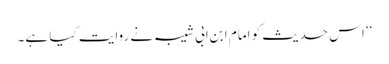
‘‘ اس حدیث کو امام ابنِ ابی شیبہ نے روایت کیا ہے۔